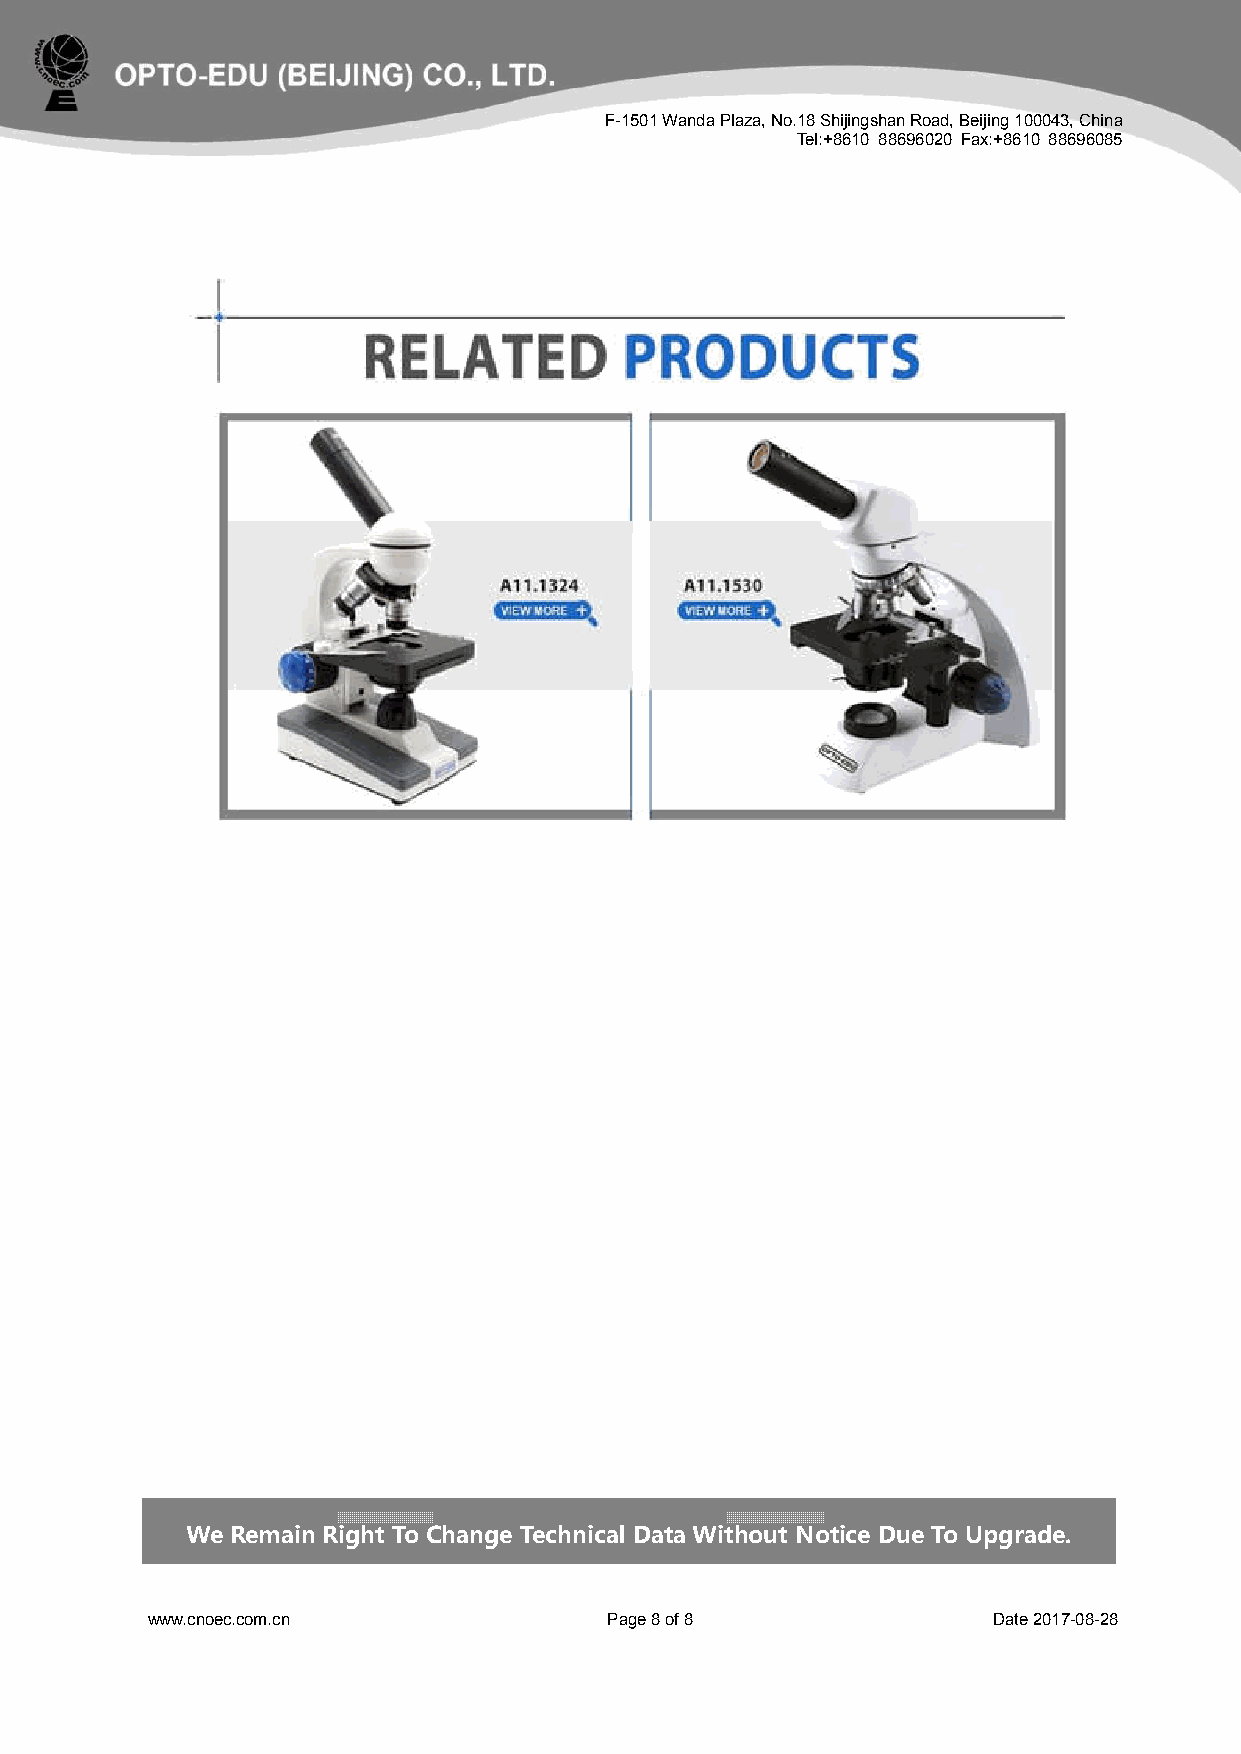
F-1501 Wanda Plaza, No.18 Shijingshan Road, Beijing 100043, China
 Tel:+8610 88696020 Fax:+8610 88696085
 We Remain Right To Change Technical Data Without Notice Due To Upgrade.
 www.cnoec.com.cn              Page 8 of 8               Date 2017-08-28